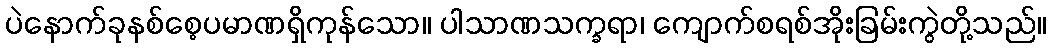
ပဲနောက်ခုနစ်စေ့ပမာဏရှိကုန်သော။ ပါသာဏသက္ခရာ၊ ကျောက်စရစ်အိုးခြမ်းကွဲတို့သည်။